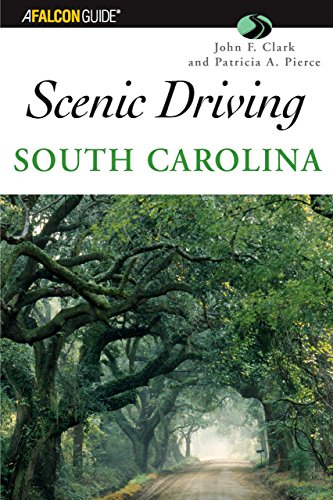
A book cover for Scenic Driving South Carolina (Scenic Routes & Byways); John F. Clark; Travel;